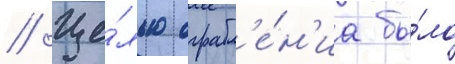
// Це́лью ограбл'е́н'иа бы́ло